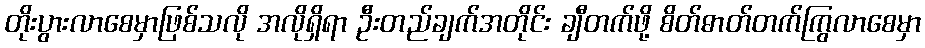
တိုးပွားလာစေမှာဖြစ်သလို အလိုရှိရာ ဦးတည်ချက်အတိုင်း ချီတက်ဖို့ စိတ်ဓာတ်တက်ကြွလာစေမှာ